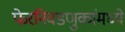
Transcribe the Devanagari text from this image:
फेरनिवडणुकांमध्ये